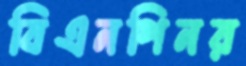
বিএনপিনর